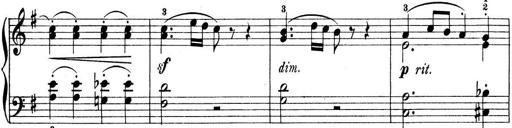
Title: Preis-Sonatine
Composer: Ernst James Bremner